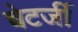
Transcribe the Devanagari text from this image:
चेटर्जी